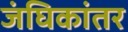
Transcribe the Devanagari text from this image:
जंघिकांतर